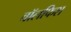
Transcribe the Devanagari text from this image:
वॉलफिश